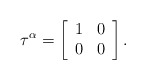
\begin{align*}\tau^{\alpha} = \left[\begin{array}{cc} 1 & 0 \\ 0 & 0 \end{array}\right].\end{align*}